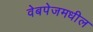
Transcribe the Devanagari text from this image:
वेबपेजमधील